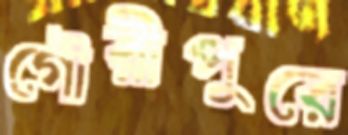
গৌরীপুরে